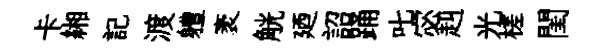
卡緗記渡軆袤觥廼詔踊叱宓赳光槎閨